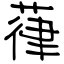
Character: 葎